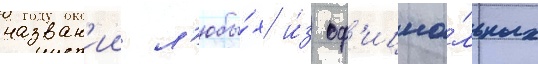
назван'ии л'юбы́х и́з оф'ициа́льных